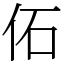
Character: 佦